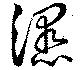
濕